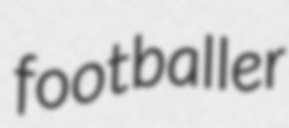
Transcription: footballer